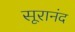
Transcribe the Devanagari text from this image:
सूरानंद